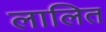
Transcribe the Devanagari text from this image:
लालित